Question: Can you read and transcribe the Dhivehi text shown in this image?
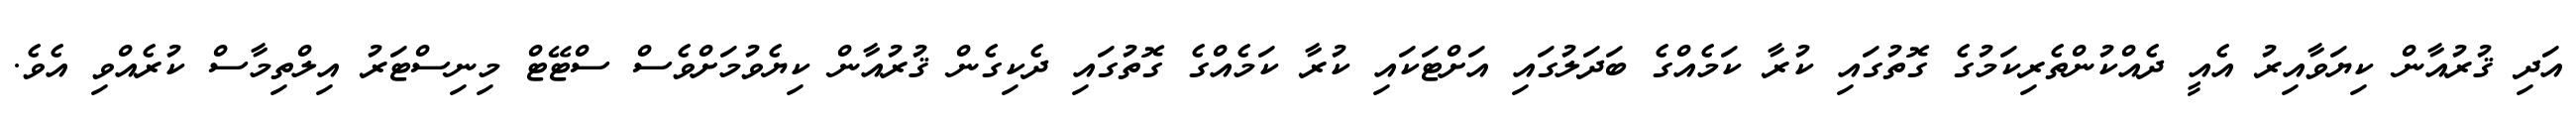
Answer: އަދި ޤުރުއާން ކިޔަވާއިރު އެއީ ދެއްކުންތެރިކަމުގެ ގޮތުގައި ކުރާ ކަމެއްގެ ބަދަލުގައި އަށްޓަކައި ކުރާ ކަމެއްގެ ގޮތުގައި ދެކިގެން ޤުރުއާން ކިޔެވުމަށްވެސް ސްޓޭޓް މިނިސްޓަރު އިލްތިމާސް ކުރެއްވި އެވެ.